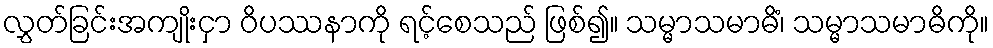
လွှတ်ခြင်းအကျိုးငှာ ဝိပဿနာကို ရင့်စေသည် ဖြစ်၍။ သမ္မာသမာဓိံ၊ သမ္မာသမာဓိကို။